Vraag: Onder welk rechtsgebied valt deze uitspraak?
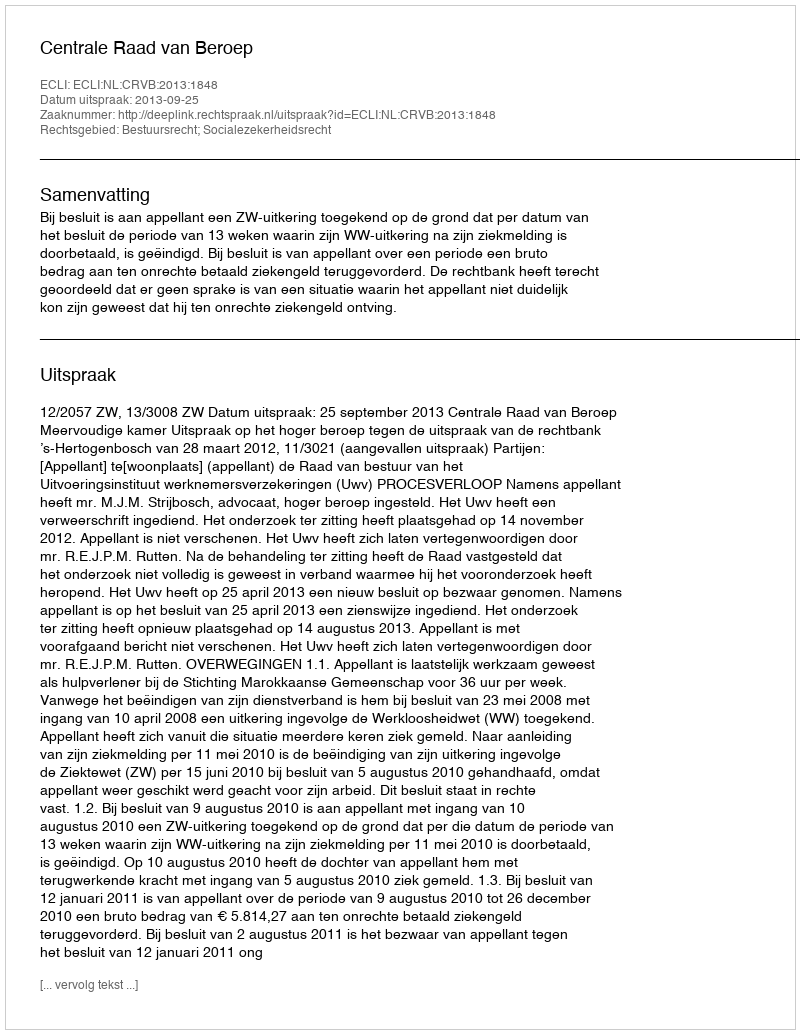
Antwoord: Bestuursrecht; Socialezekerheidsrecht